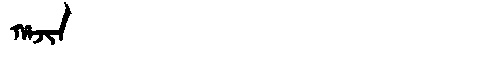
Manchu: ᡥᠠᠵᡳᠨ
Romanization: HAJIN